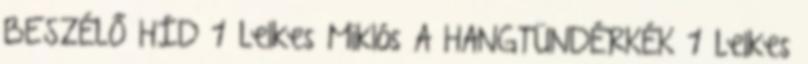
BESZÉLŐ HÍD 1 Lelkes Miklós A HANGTÜNDÉRKÉK 1 Lelkes